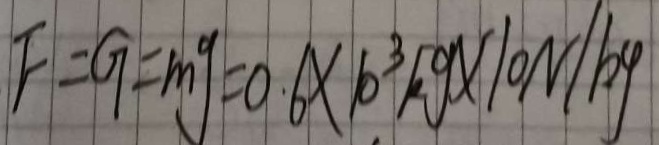
F = G = m g = 0 . 6 \times 1 0 ^ { 3 } k g \times 1 0 N / k g